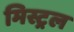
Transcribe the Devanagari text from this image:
मिस्ट्रल